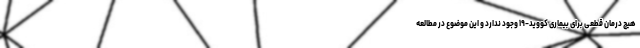
هیچ درمان قطعی برای بیماری کووید-۱۹ وجود ندارد و این موضوع در مطالعه